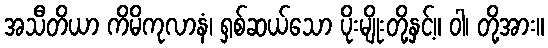
အသီတိယာ ကိမိကုလာနံ၊ ရှစ်ဆယ်သော ပိုးမျိုးတို့နှင့်။ ဝါ၊ တို့အား။